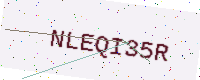
Text: NLEQI35R